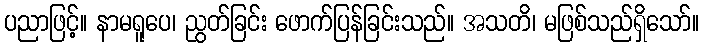
ပညာဖြင့်။ နာမရူပေ၊ ညွတ်ခြင်း ဖောက်ပြန်ခြင်းသည်။ အသတိ၊ မဖြစ်သည်ရှိသော်။